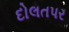
દોલતપર